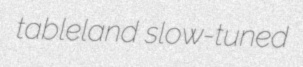
tableland slow-tuned